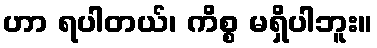
ဟာ ရပါတယ်၊ ကိစ္စ မရှိပါဘူး။